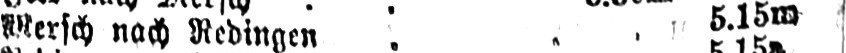
Mersch nach Redingen .. 5.15m